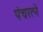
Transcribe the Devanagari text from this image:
पंचरत्‍ने